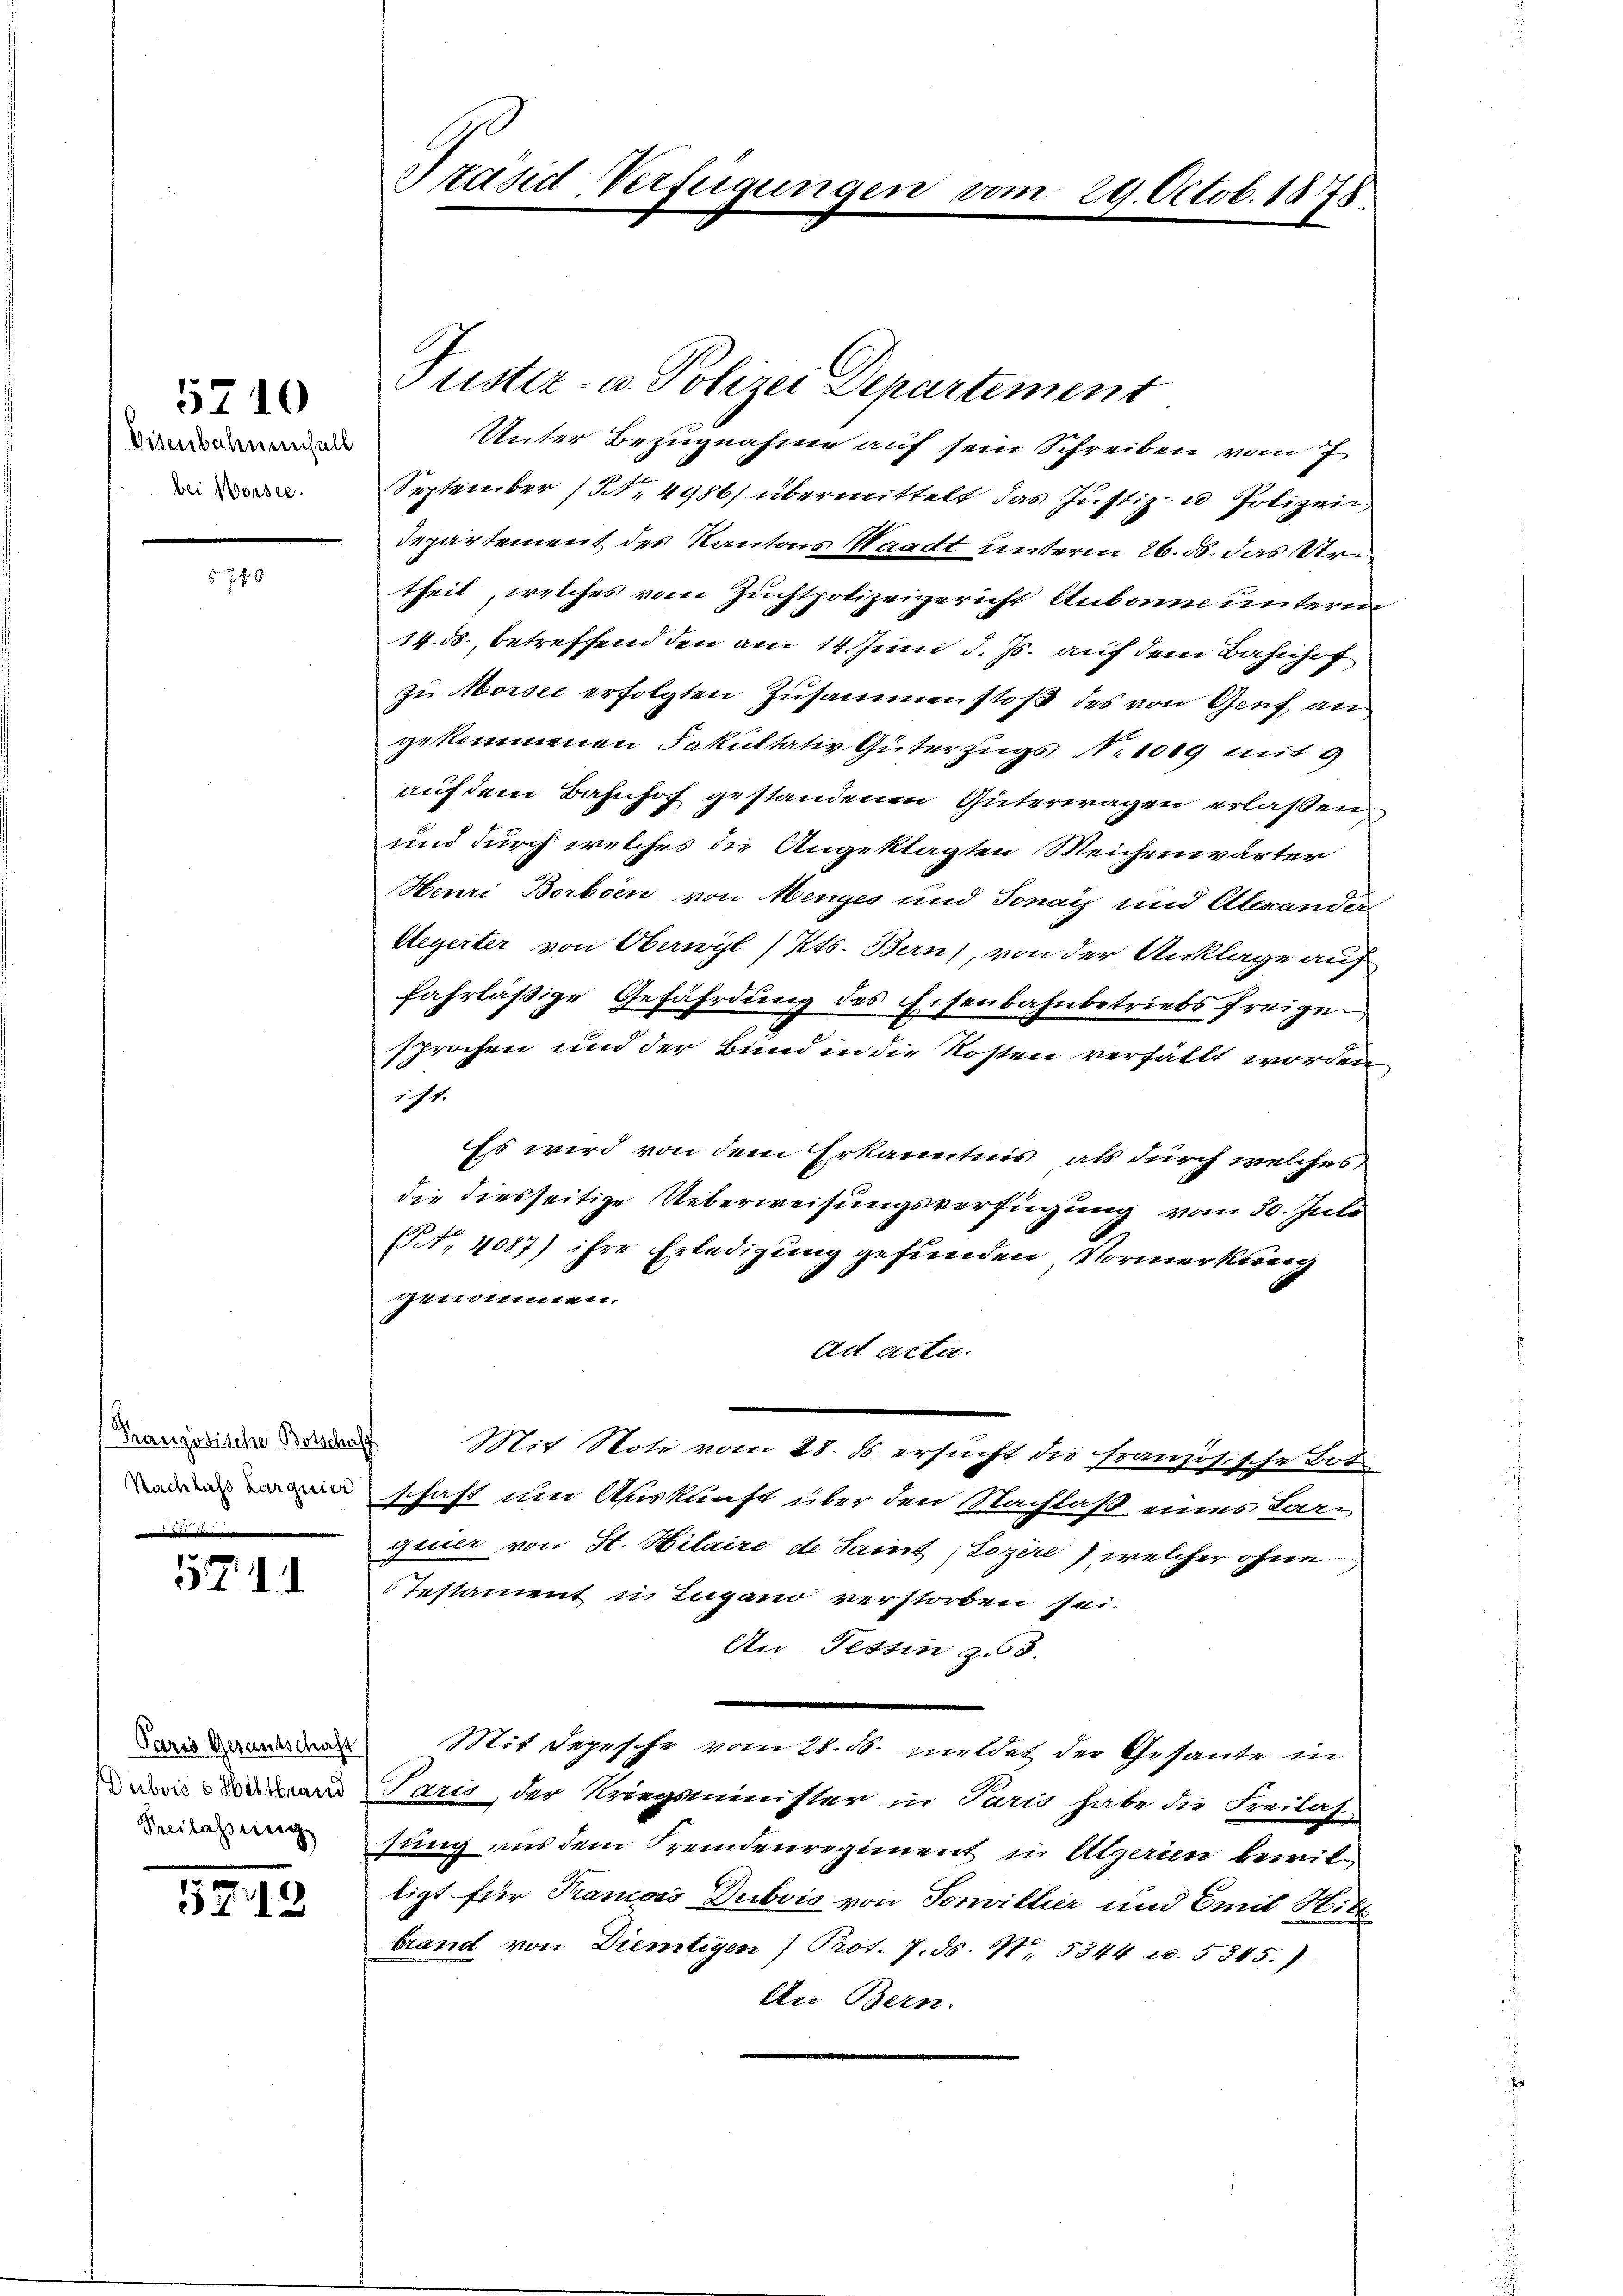
Eisenbahnenfall
bei Worsee.

7 f 2

5710

Französische Botschaff
Nachlass Languier
i

57

Dubois 6 Hiltbrand
Freilassung

5712

Präsid. Verfügungen

Justiz- u. Polizei Departement
Unter Bezugnahme auf sein Schreiben vom 7
September (NNo. 4986) übermittelt das Justiz- u. Polizei
Departement des Kantons Waadt unterm 26. ds. das Urtheil, welches vom Zuchtpolizeigericht Anbann unterm
14. ds., betreffend den am 14. Juni d. Js. auf dem Bahnhof
zu Morsee erfolgten Zusammenstoß des von Genf an
gekommenen Fakultativ Güterzugs N. 1019 mit 9
auf dem Bahnhof gestandenen Güterwagen erlaßen.
und durch welches die Angeklagten Weichenwärter
Henri Borben von Menges und Sonay und Alexander
Weyerter von Oberwyl Kts. Bern), von der Anklage auf
fahrläßige Gefährdung des Eisenbahnbetriebs freigen
sprochen und der Bund in die Kosten verfällt worden
14.
Es wird von dem Erkanntnis, als durch welches
die diesseitige Ueberweisungsverfügung vom 30. Juli
(Nr. 4087) ihre Erledigung gefunden Vormerkung
genommen.
ad acta.
Mit Note vom 28. d. ersucht die französische Bot
schaft um Auskunft über den Nachlaß eines Larquier von St. Hilaire de Samt, Loziere), welcher ohne
Testament u. Lugano verstorben sei.
An Tessin zu 3.
 Mit depesche vom 21. d. mildet der Gesante in
Paris, der Kriegsminister in Paris habe die Freilas-
sung aus dem Fremdenregiment in Algerien bewil
ligt für Tramois Dubois von Sonvillier und Emil Witt
brand von Diemtigen Prot. 7. ds. S. 5344 u. 5345.)
An Bern.

1

29. Octob. 1878.